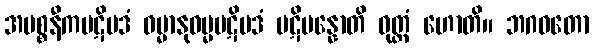
အပစ္စနီကပဋိပဒံ ဓမ္မာနုဓမ္မပဋိပဒံ ပဋိပန္နောတိ ဝုတ္တံ ဟောတိ။ ဘဂဝတော